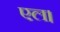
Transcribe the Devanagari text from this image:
एल।